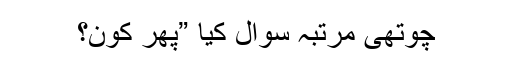
چوتھی مرتبہ سوال کیا ”پھر کون؟